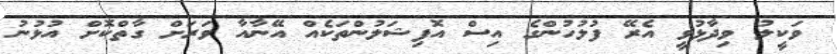
ވަކީލު ވިދާޅުވީ އެރޭ ފުލުހުންގެ އިސް އޮފިޝަލުންތަކެއް އޭނާއާ ވަރަށް ގާތްކޮށް އުޅުނު